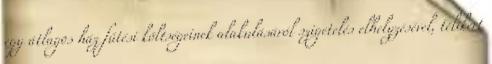
egy átlagos ház fűtési költségeinek alakulásáról szigetelés elhelyzésével, télikert